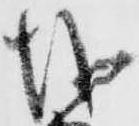
越